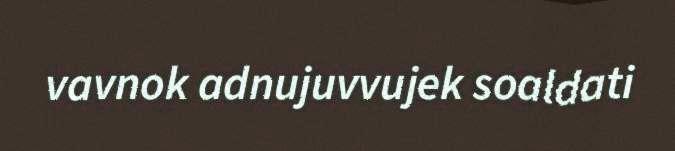
vavnok adnujuvvujek soaldati